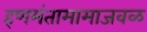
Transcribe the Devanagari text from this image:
हणमंतामामाजवळ